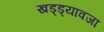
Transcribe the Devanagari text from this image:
खड्ड्यावजा